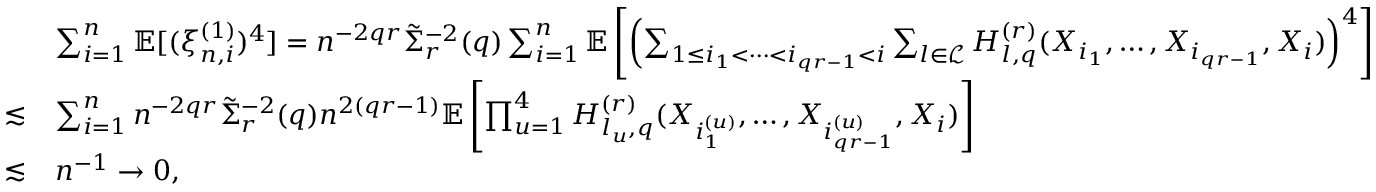
\begin{array} { r l } & { \sum _ { i = 1 } ^ { n } \mathbb { E } [ ( \xi _ { n , i } ^ { ( 1 ) } ) ^ { 4 } ] = n ^ { - 2 q r } \tilde { \Sigma } _ { r } ^ { - 2 } ( q ) \sum _ { i = 1 } ^ { n } \mathbb { E } \left[ \left( \sum _ { 1 \le i _ { 1 } < \cdots < i _ { q r - 1 } < i } \sum _ { l \in \mathcal { L } } H _ { l , q } ^ { ( r ) } ( X _ { i _ { 1 } } , \ldots , X _ { i _ { q r - 1 } } , X _ { i } ) \right) ^ { 4 } \right] } \\ { \lesssim } & { \sum _ { i = 1 } ^ { n } n ^ { - 2 q r } \tilde { \Sigma } _ { r } ^ { - 2 } ( q ) n ^ { 2 ( q r - 1 ) } \mathbb { E } \left[ \prod _ { u = 1 } ^ { 4 } H _ { l _ { u } , q } ^ { ( r ) } ( X _ { i _ { 1 } ^ { ( u ) } } , \ldots , X _ { i _ { q r - 1 } ^ { ( u ) } } , X _ { i } ) \right] } \\ { \lesssim } & { n ^ { - 1 } \rightarrow 0 , } \end{array}